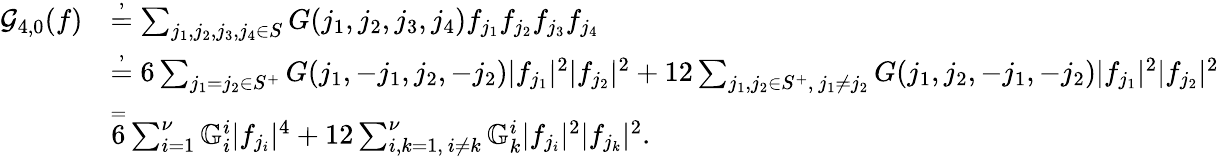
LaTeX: \begin{array}{rl}{\mathcal{G}_{4,0}(f)}&{\overset{,}=\sum_{\substack{j_{1},j_{2},j_{3},j_{4}\in S}}G(j_{1},j_{2},j_{3},j_{4})f_{j_{1}}f_{j_{2}}f_{j_{3}}f_{j_{4}}}\\ &{\overset{,}=6\sum_{j_{1}=j_{2}\in S^{+}}G(j_{1},-j_{1},j_{2},-j_{2})|f_{j_{1}}|^{2}|f_{j_{2}}|^{2}+12\sum_{j_{1},j_{2}\in S^{+},\ j_{1}\ne j_{2}}G(j_{1},j_{2},-j_{1},-j_{2})|f_{j_{1}}|^{2}|f_{j_{2}}|^{2}}\\ &{\overset=6\sum_{i=1}^{\nu}\mathbb{G}_{i}^{i}|f_{j_{i}}|^{4}+12\sum_{i,k=1,\ i\ne k}^{\nu}\mathbb{G}_{k}^{i}|f_{j_{i}}|^{2}|f_{j_{k}}|^{2}.}\end{array}